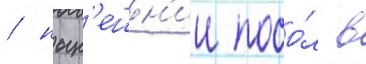
/ нын'ешн'ии посо́л в